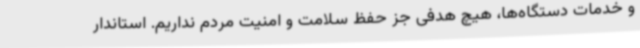
و خدمات دستگاه‌ها، هیچ هدفی جز حفظ سلامت و امنیت مردم نداریم. استاندار